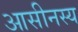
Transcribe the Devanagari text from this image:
आसीनस्य